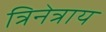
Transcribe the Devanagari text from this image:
त्रिनेत्राय